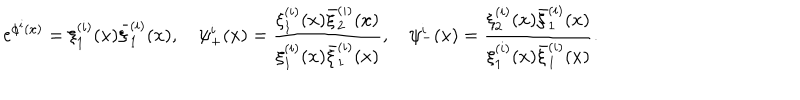
\mathrm { e } ^ { \phi ^ { i } ( x ) } = \xi _ { 1 } ^ { ( i ) } ( x ) \bar { \xi } _ { 1 } ^ { ( i ) } ( x ) , { } ~ \psi _ { + } ^ { i } ( x ) = \frac { \xi _ { 1 } ^ { ( i ) } ( x ) \bar { \xi } _ { 2 } ^ { ( i ) } ( x ) } { \xi _ { 1 } ^ { ( i ) } ( x ) \bar { \xi } _ { 1 } ^ { ( i ) } ( x ) } , { } ~ \psi _ { - } ^ { i } ( x ) = \frac { \xi _ { 2 } ^ { ( i ) } ( x ) \bar { \xi } _ { 1 } ^ { ( i ) } ( x ) } { \xi _ { 1 } ^ { ( i ) } ( x ) \bar { \xi } _ { 1 } ^ { ( i ) } ( x ) } .